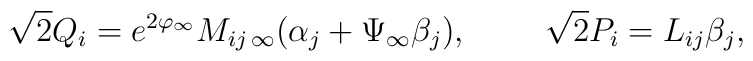
\sqrt{2}Q_i=e^{2\varphi_{\infty}}M_{ij\,\infty}(\alpha_j+\Psi_{\infty}\beta_j),\ \ \ \ \ \ \ \sqrt{2}P_i=L_{ij}{\beta}_j,